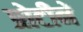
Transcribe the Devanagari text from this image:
प्रोटीनें